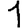
Digit: 1